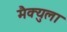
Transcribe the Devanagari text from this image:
मैक्युला